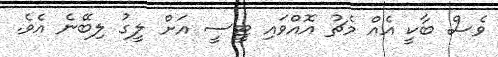
ވެސް ބާކީ އެއް މެޗު އޮއްވައި ޓީސީ އަށް ލީގު ލިބޭނެ އެވެ.